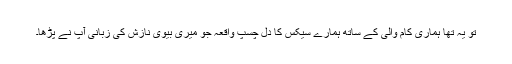
تو یہ تھا ہماری کام والی کے ساتھ ہمارے سیکس کا دل چسپ واقعہ جو میری بیوی نازش کی زبانی آپ نے پڑھا۔